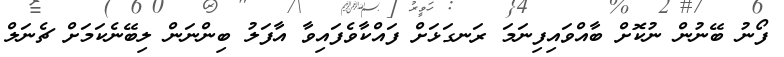
ފޯނު ބޭނުން ނުކޮށް ބާއްވައިފިނަމަ ރަނގަޅަށް ފައްކާވެފައިވާ އާފަލު ބިންނަން ލިބޭނެކަމަށް ޗެނަލް